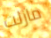
مازلت